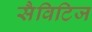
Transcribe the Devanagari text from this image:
सैविटिज